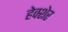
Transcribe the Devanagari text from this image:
हेक्शेर